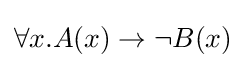
\forall x.A(x)\rightarrow \neg B(x)